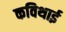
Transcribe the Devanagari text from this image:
कविथाई